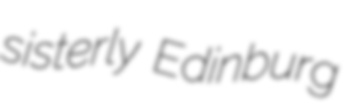
sisterly Edinburg